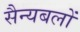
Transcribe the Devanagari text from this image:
सैन्यबलों